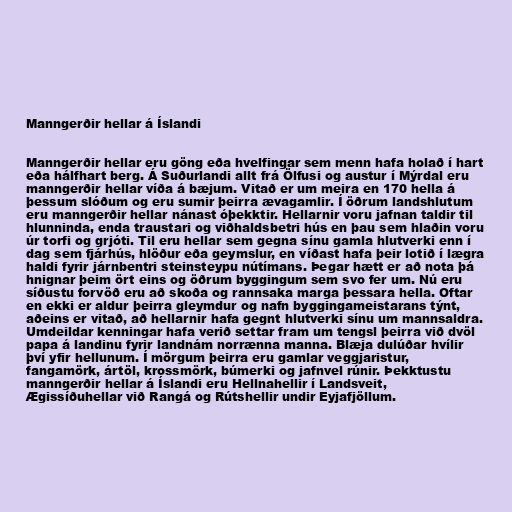
Manngerðir hellar á Íslandi

Manngerðir hellar eru göng eða hvelfingar sem menn hafa holað í hart
eða hálfhart berg. Á Suðurlandi allt frá Ölfusi og austur í Mýrdal eru
manngerðir hellar víða á bæjum. Vitað er um meira en 170 hella á
þessum slóðum og eru sumir þeirra ævagamlir. Í öðrum landshlutum
eru manngerðir hellar nánast óþekktir. Hellarnir voru jafnan taldir til
hlunninda, enda traustari og viðhaldsbetri hús en þau sem hlaðin voru
úr torfi og grjóti. Til eru hellar sem gegna sínu gamla hlutverki enn í
dag sem fjárhús, hlöður eða geymslur, en víðast hafa þeir lotið í lægra
haldi fyrir járnbentri steinsteypu nútímans. Þegar hætt er að nota þá
hnignar þeim ört eins og öðrum byggingum sem svo fer um. Nú eru
síðustu forvöð eru að skoða og rannsaka marga þessara hella. Oftar
en ekki er aldur þeirra gleymdur og nafn byggingameistarans týnt,
aðeins er vitað, að hellarnir hafa gegnt hlutverki sínu um mannsaldra.
Umdeildar kenningar hafa verið settar fram um tengsl þeirra við dvöl
papa á landinu fyrir landnám norrænna manna. Blæja dulúðar hvílir
því yfir hellunum. Í mörgum þeirra eru gamlar veggjaristur,
fangamörk, ártöl, krossmörk, búmerki og jafnvel rúnir. Þekktustu
manngerðir hellar á Íslandi eru Hellnahellir í Landsveit,
Ægissíðuhellar við Rangá og Rútshellir undir Eyjafjöllum.